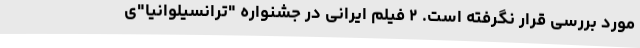
مورد بررسی قرار نگرفته است. ۲ فیلم ایرانی در جشنواره "ترانسیلوانیا"ی